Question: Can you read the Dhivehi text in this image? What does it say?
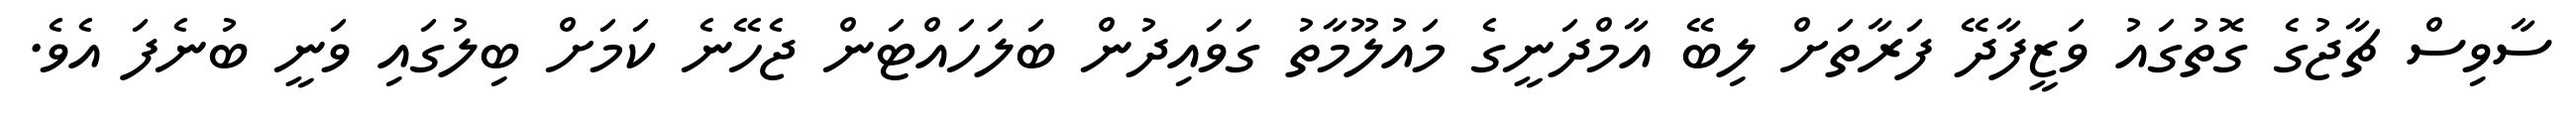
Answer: ސާވިސް ޗާޖުގެ ގޮތުގައު ވަޒީފާދޭ ފަރާތަށް ލިބޭ އާމްދަނީގެ މައުލޫމާތު ގަވައިދުން ބަލަހައްޓަން ޖެހޭނެ ކަމަށް ބިލުގައި ވަނީ ބުނެފަ އެވެ.